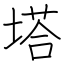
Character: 塔